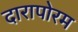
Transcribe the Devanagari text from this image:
दारापोरम